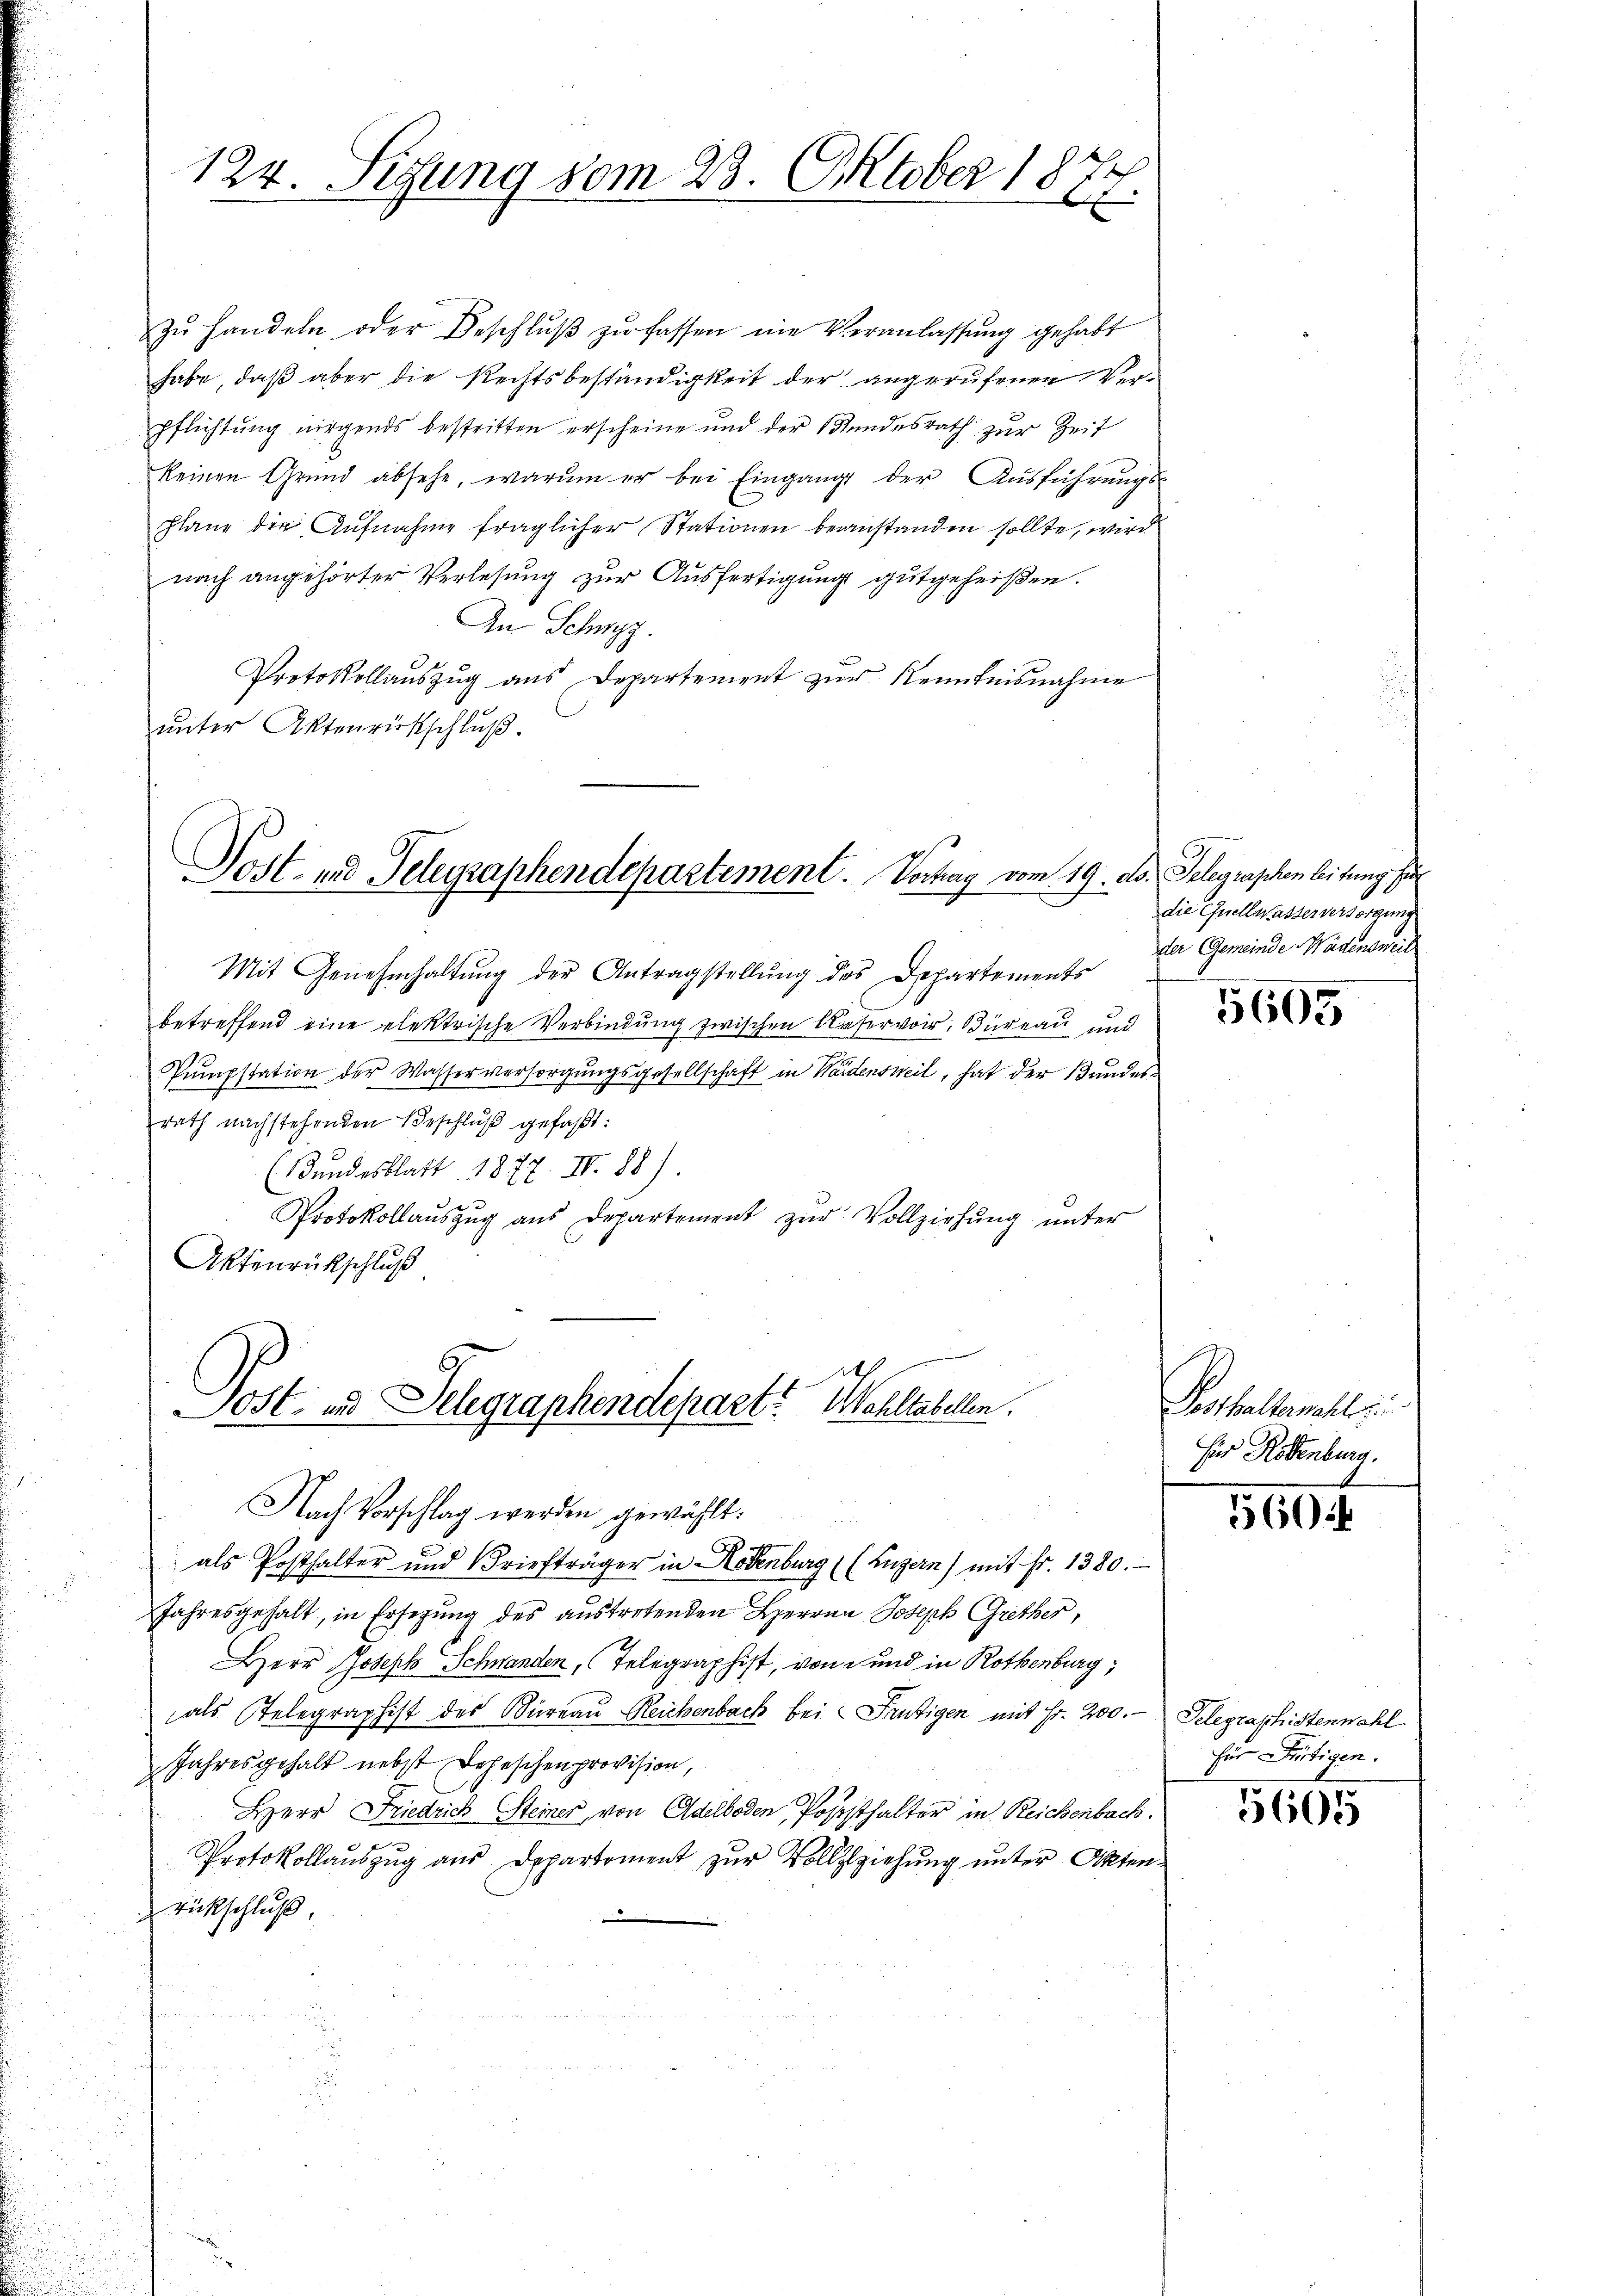
zŭ handeln oder Beschlŭβ zŭ fassen nie Veranlassung gehabt
habe, daß aber die Rechtsbeständigkeit der angerufenen Verpflichtung nirgends bestritten erscheine und der Stundesrath zur Zeit
keinen Grund absehe, warum er bei Eingang der Ausführungs-
plane der Aufnahme fraglicher Stationen beanstanden sollte, wird
nach angehörter Verlesung zur Ausfertigung gutgeheißen.
An Schwyz.
Protokollauszug aus Departement zur Kenntnisnahme
unter Aktenrückschluß.

2
124. Sedung vom 23. Oktober 1872

Post- und Telegraphendepartement. Vorhay vom 19. ds.

Mit Genehmhaltŭng der Antragstellŭng des Departements
betreffend eine elektrische Verbindung zwischen Unservor, Bureau und
Pumpstation der Wasserversorgungsgesellschaft in Weidensweil, hat der Bandesrath nachstehenden Beschlŭβ gefaßt:
(Bundesblatt 1877. IV 88).

Protokollauszug aus Departement zŭr Vollziehung unter
Aktenrückschluß

t
Sost- und Telegraphendepart? Wohltabellen.
Nach Vorschlag werden gewählt.
als Posthalter und Briefträger in Rodenburg ((Luzern) mit Fr. 1380.

Jahresgehalt, in Ersezung des austretenden Herrnn Joseph Grether,
Herr Joseph Schwanden, Telegraphist, von und in Rothenburg,
als Telegraphist des Büreau Reichenbach bei Frutigen mit Fr. 200.-
Jahresgehalt nebst Lohnschenprovision,
Herr Friedrich Steiner, von Adelboden, Poststhalter in Reichenbach.
Protokollauszug aus Departement zur Vollzlziehung unter Akten¬
Rückschluß

Telegraphen leitung f
die Quellwasserversorgung
der Gemeinde Wädensweil

5605

Posthallemahl ei
Für Rottenburg.

560.

Telegraphistenwahl
für Fertigen.

5605